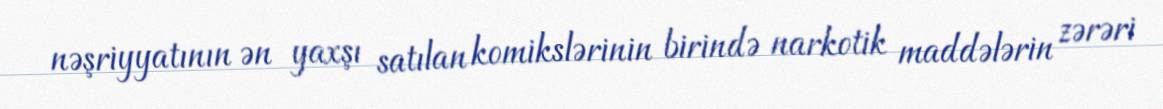
nəşriyyatının ən yaxşı satılan komikslərinin birində narkotik maddələrin zərəri